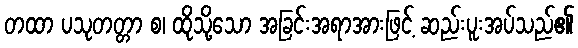
တထာ ပသုတတ္တာ စ၊ ထိုသို့သော အခြင်းအရာအားဖြင့် ဆည်းပူးအပ်သည်၏